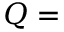
Q =